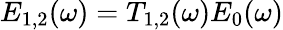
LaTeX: E_{1,2}(\omega)=T_{1,2}(\omega)E_{0}(\omega)